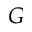
G